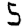
Digit: 5